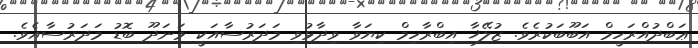
ޢަބްދުއްރަހީމް އަބޫބަކުރެވެ. ޒުލޭޚާ އިބްރާހިމް ކިޔަވާ ވިދާޅުވި މަދަރުސާއަކީ މަނަދޫ ބޮޑު މަދަރުސާއެވެ.